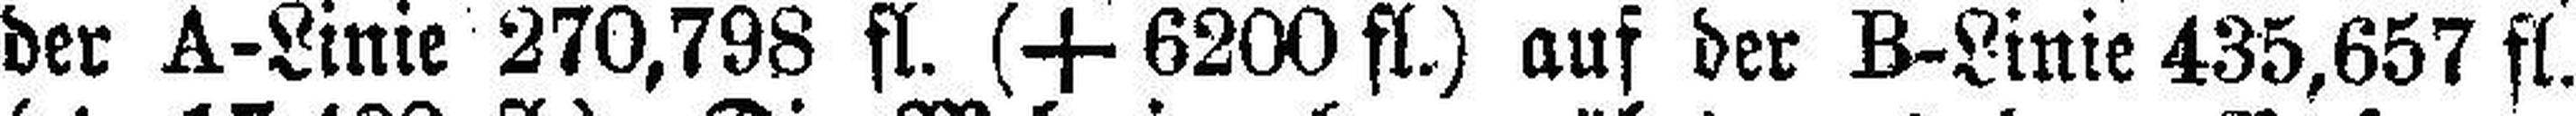
der A-Linie 270,798 fl. (+ 6200 fl.) auf der B-Linie 435,657 fl.